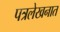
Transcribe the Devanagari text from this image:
पत्रलेखनात